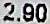
2.90